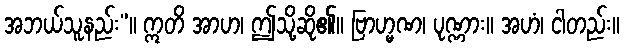
အဘယ်သူနည်း”။ ဣတိ အာဟ၊ ဤသို့ဆို၏။ ဗြာဟ္မဏ၊ ပုဏ္ဏား။ အဟံ၊ ငါတည်း။